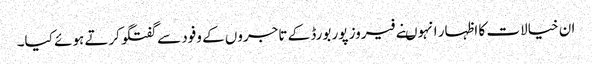
ان خیالات کا اظہار انہوںنے فیروز پور بورڈ کے تاجروں کے وفود سے گفتگو کرتے ہوئے کیا۔